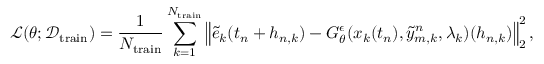
\mathcal { L } ( \theta ; \mathcal { D } _ { \mathrm { t r a i n } } ) = \frac { 1 } { N _ { \mathrm { t r a i n } } } \sum _ { k = 1 } ^ { N _ { \mathrm { t r a i n } } } \left\| \tilde { e } _ { k } ( t _ { n } + h _ { n , k } ) - G _ { \theta } ^ { \epsilon } ( x _ { k } ( t _ { n } ) , \tilde { y } _ { m , k } ^ { n } , \lambda _ { k } ) ( h _ { n , k } ) \right\| _ { 2 } ^ { 2 } ,